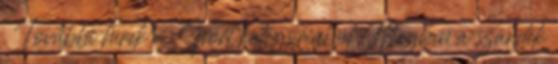
. További hírek a Sport kategóriából Megvan a szándék